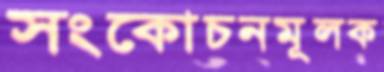
সংকোচনমূলক